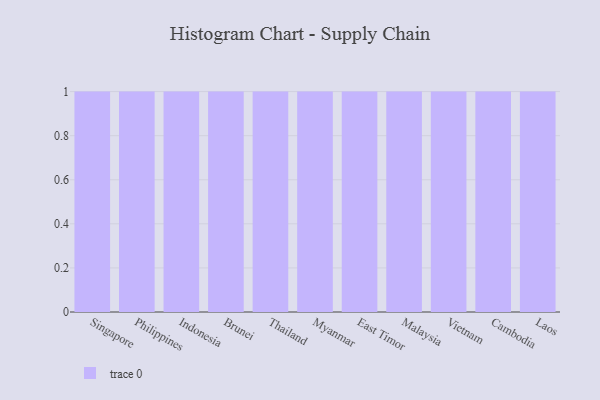
{"axis": {"x": "Country", "y": "Energy Usage (MWh)"}, "legend": [""], "data": [{"x": "Singapore", "y": 20, "type": ""}, {"x": "Philippines", "y": 96, "type": ""}, {"x": "Indonesia", "y": 22, "type": ""}, {"x": "Brunei", "y": 86, "type": ""}, {"x": "Thailand", "y": 50, "type": ""}, {"x": "Myanmar", "y": 48, "type": ""}, {"x": "East Timor", "y": 14, "type": ""}, {"x": "Malaysia", "y": 88, "type": ""}, {"x": "Vietnam", "y": 99, "type": ""}, {"x": "Cambodia", "y": 10, "type": ""}, {"x": "Laos", "y": 74, "type": ""}]}